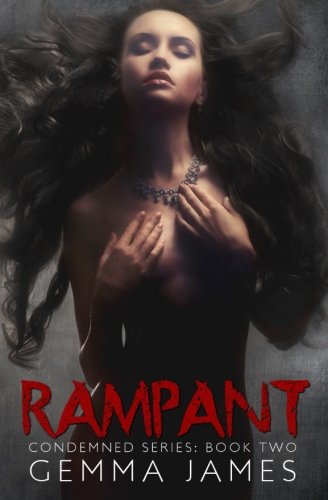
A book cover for Rampant (Condemned) (Volume 2); Gemma James; Romance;